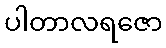
ပါတာလရဇော